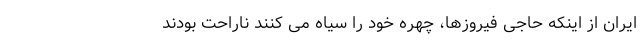
ایران از اینکه حاجی فیروزها، چهره خود را سیاه می کنند ناراحت بودند